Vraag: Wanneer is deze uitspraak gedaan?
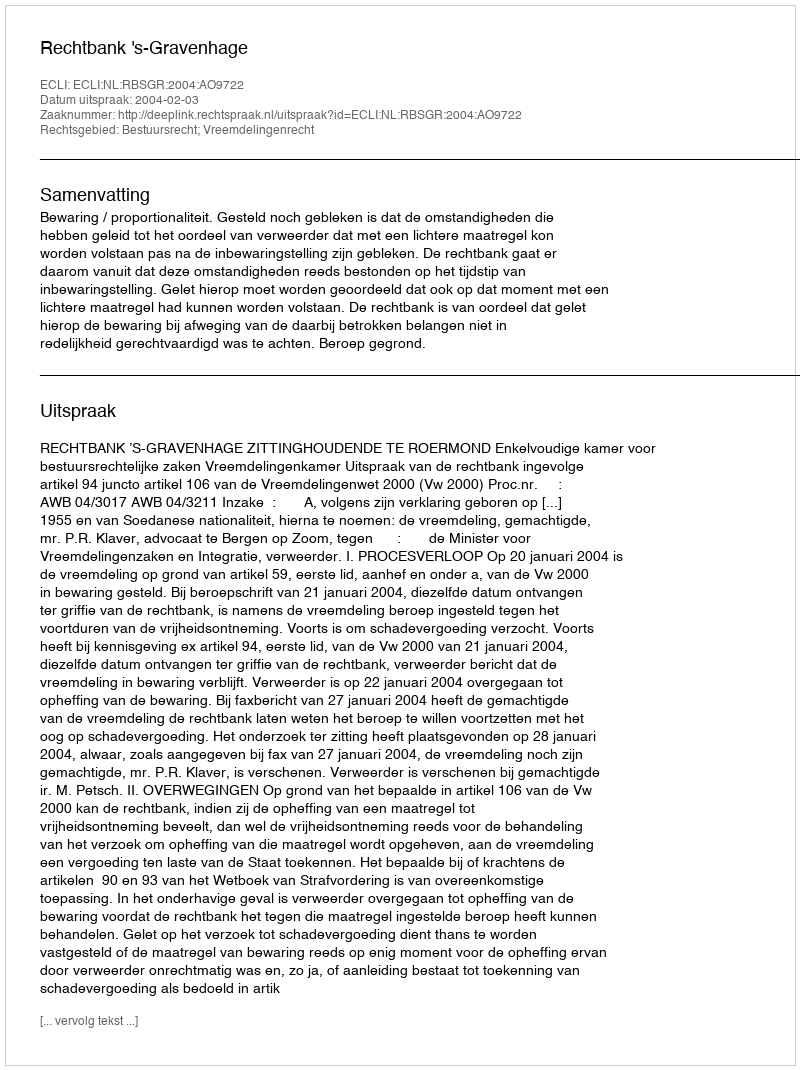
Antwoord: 2004-02-03